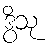
ဒွိသု